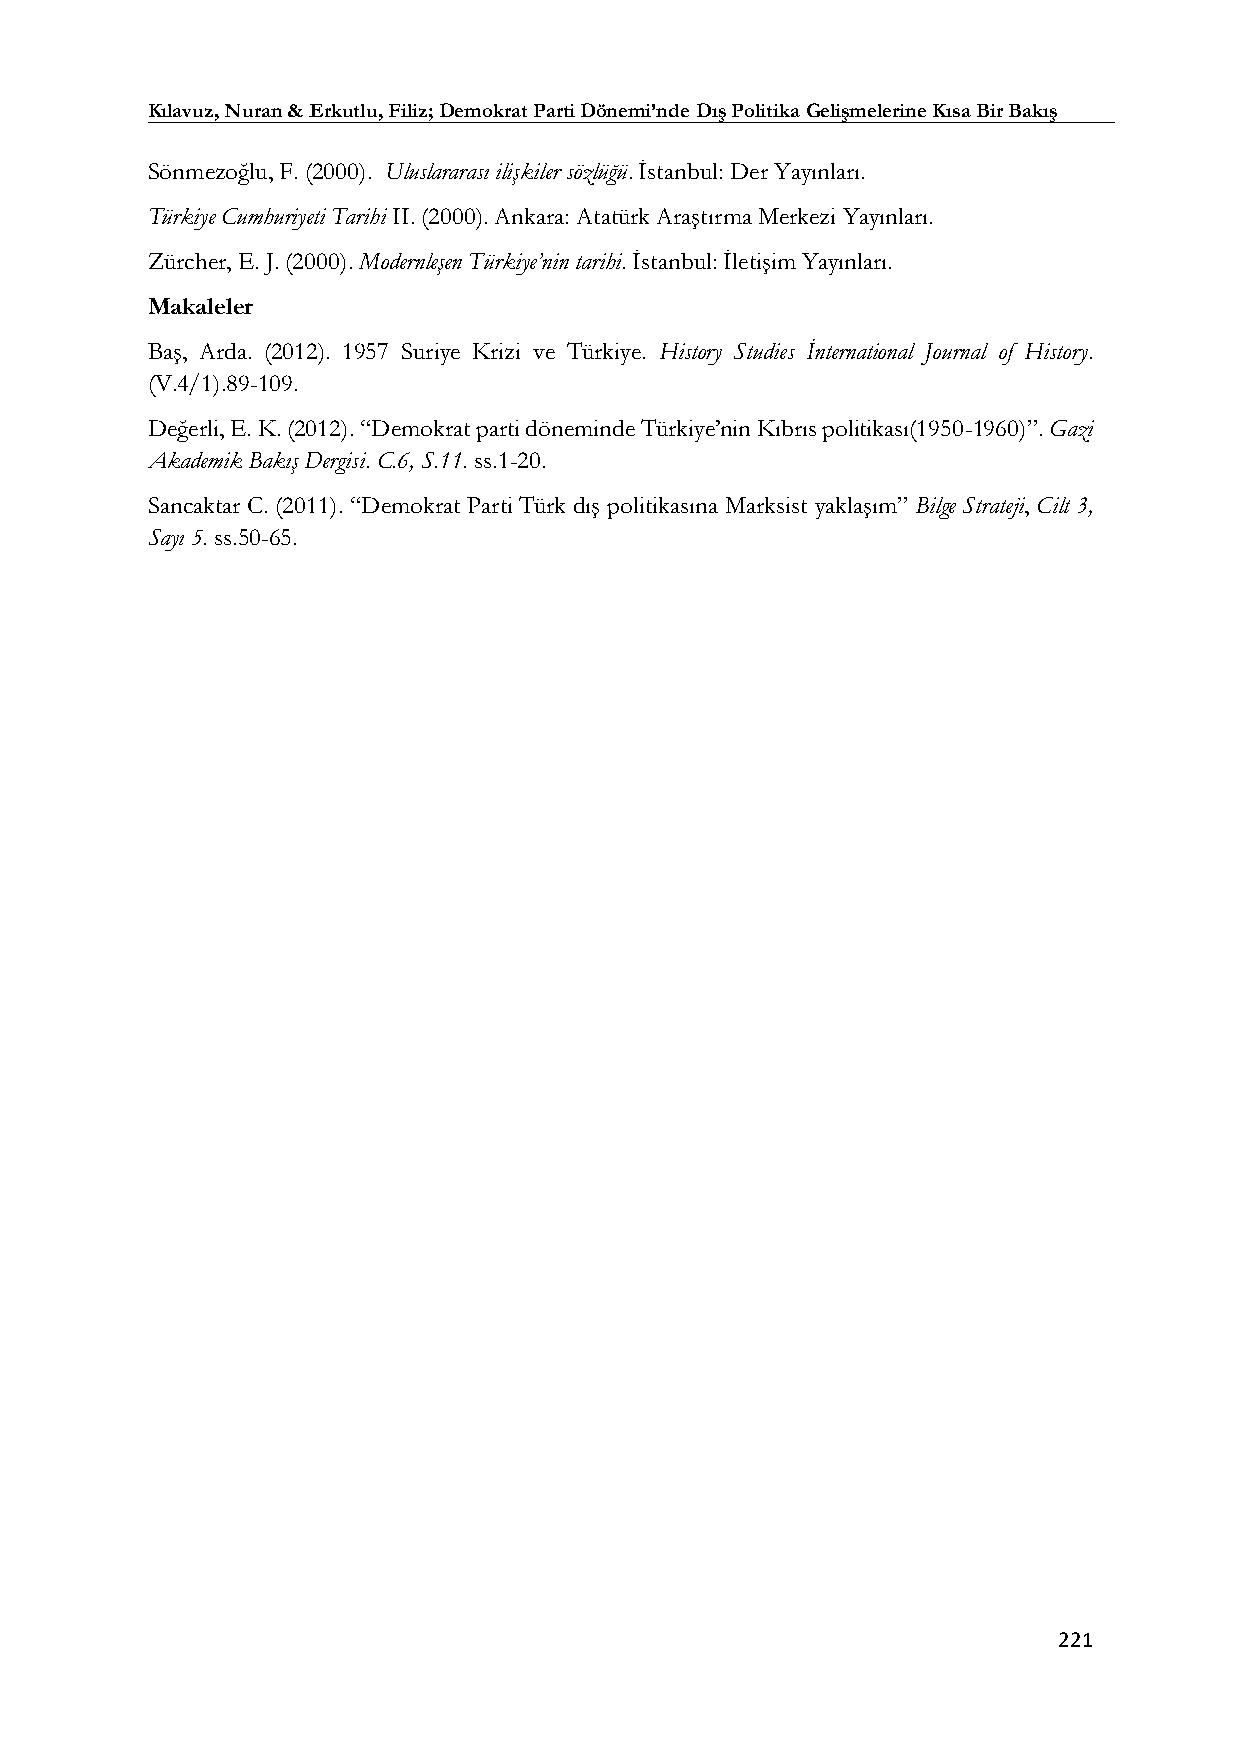
Kılavuz, Nuran & Erkutlu, Filiz; Demokrat Parti Dönemi’nde Dış Politika Gelişmelerine Kısa Bir Bakış
 Sönmezoğlu, F. (2000). Uluslararası ilişkiler sözlüğü. İstanbul: Der Yayınları.
 Türkiye Cumhuriyeti Tarihi II. (2000). Ankara: Atatürk Araştırma Merkezi Yayınları.
 Zürcher, E. J. (2000). Modernleşen Türkiye’nin tarihi. İstanbul: İletişim Yayınları.
 Makaleler
 Baş, Arda. (2012). 1957 Suriye Krizi ve Türkiye. History Studies İnternational Journal of History.
 (V.4/1).89-109.
 Değerli, E. K. (2012). “Demokrat parti döneminde Türkiye’nin Kıbrıs politikası(1950-1960)”. Gazi
 Akademik Bakış Dergisi. C.6, S.11. ss.1-20.
 Sancaktar C. (2011). “Demokrat Parti Türk dış politikasına Marksist yaklaşım” Bilge Strateji, Cilt 3,
 Sayı 5. ss.50-65.
 221